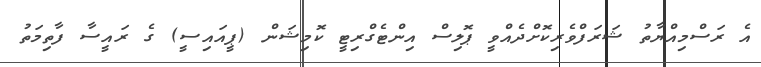
އެ ރަސްމިއްޔާތު ޝަރަފްވެރިކޮށްދެއްވީ ޕޮލިސް އިންޓެގްރިޓީ ކޮމިޝަން (ޕީއައިސީ) ގެ ރައީސާ ފާތިމަތު